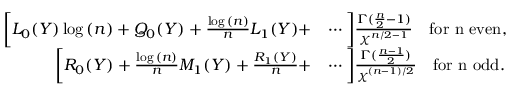
\begin{array} { r l } { \bigg [ L _ { 0 } ( Y ) \log { ( n ) } + Q _ { 0 } ( Y ) + \frac { \log { ( n ) } } { n } L _ { 1 } ( Y ) + } & { \cdots \bigg ] \frac { \Gamma ( \frac { n } { 2 } - 1 ) } { \chi ^ { n / 2 - 1 } } \quad \mathrm { f o r ~ n ~ e v e n } , } \\ { \bigg [ R _ { 0 } ( Y ) + \frac { \log { ( n ) } } { n } M _ { 1 } ( Y ) + \frac { R _ { 1 } ( Y ) } { n } + } & { \cdots \bigg ] \frac { \Gamma ( \frac { n - 1 } { 2 } ) } { \chi ^ { ( n - 1 ) / 2 } } \quad \mathrm { f o r ~ n ~ o d d } . } \end{array}